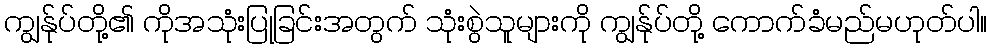
ကျွန်ုပ်တို့၏ ကိုအသုံးပြုခြင်းအတွက် သုံးစွဲသူများကို ကျွန်ုပ်တို့ ကောက်ခံမည်မဟုတ်ပါ။